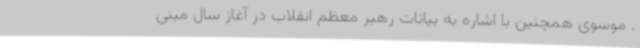
. موسوی همچنین با اشاره به بیانات رهبر معظم انقلاب در آغاز سال مبنی